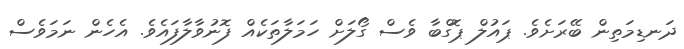
ދަނޑިމަތިން ބޭރަށެވެ. ޕައުލް ޕޮގްބާ ވެސް ގޯލަށް ހަމަލާތަކެއް ފޮނުވާލާފައެވެ. އެހެން ނަމަވެސް